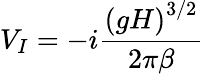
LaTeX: V_{I}=-i\frac{\left(gH\right)^{3/2}}{2\pi\beta}